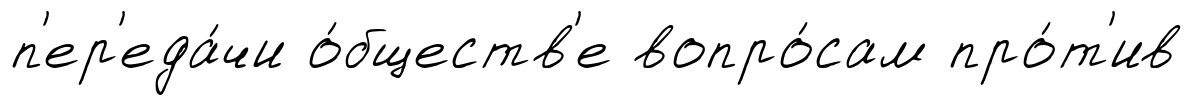
п'ер'еда́чи о́бществ'е вопро́сам про́т'ив